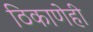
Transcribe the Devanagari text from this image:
ठिकाणेही